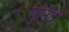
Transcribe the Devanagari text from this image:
चुनिँदा